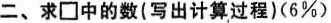
二、求\Box中的数(写出计算过程)(6%)